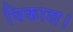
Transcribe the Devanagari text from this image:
विकाश।